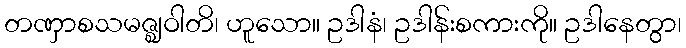
တဏှာစသမဇ္ဈဝါတိ၊ ဟူသော။ ဥဒါနံ၊ ဥဒါန်းစကားကို။ ဥဒါနေတွာ၊